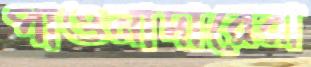
পাওনাদারেরা